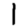
Digit: 1